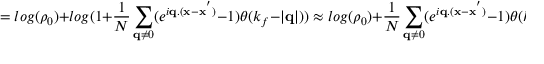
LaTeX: = l o g ( \rho _ { 0 } ) + l o g ( 1 + \frac { 1 } { N } \sum _ { { \bf { q } } \neq 0 } ( e ^ { i { \bf { q } } . ( { \bf { x } } - { \bf { x } } ^ { ' } ) } - 1 ) \theta ( k _ { f } - | { \bf { q } } | ) ) \approx l o g ( \rho _ { 0 } ) + \frac { 1 } { N } \sum _ { { \bf { q } } \neq 0 } ( e ^ { i { \bf { q } } . ( { \bf { x } } - { \bf { x } } ^ { ' } ) } - 1 ) \theta ( k _ { f } - | { \bf { q } } | )